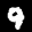
Label: 9